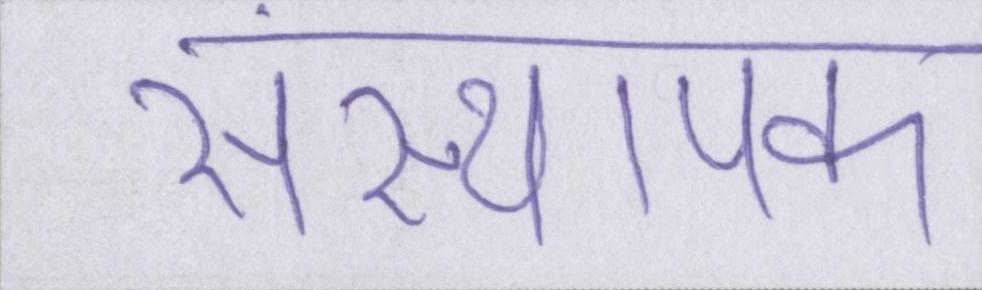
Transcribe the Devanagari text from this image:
संस्थापक